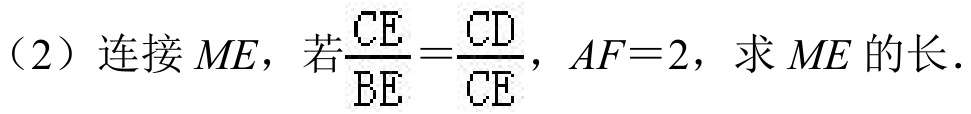
（2）连接\(ME\)，若\(\frac{CE}{BE}=\frac{CD}{CE}\)，\(AF = 2\)，求\(ME\)的长．